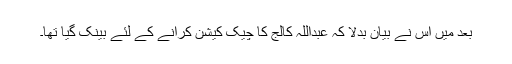
بعد میں اس نے بیان بدلا کہ عبداللہ کالج کا چیک کیشن کرانے کے لئے بینک گیا تھا۔